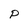
Character: P